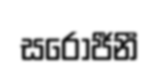
සරෝජීනී